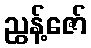
ညွန့်ဇော်